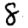
Digit: 8